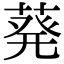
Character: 𫈴